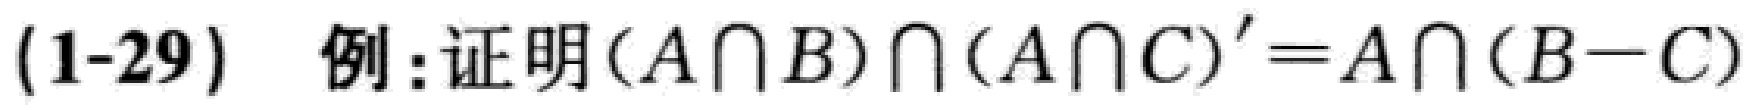
(1-29) 例: 证明$(A\cap B)\cap(A\cap C)' = A\cap(B - C)$